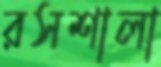
রসশালা